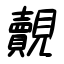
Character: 覿